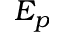
E _ { p }